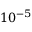
1 0 ^ { - 5 }